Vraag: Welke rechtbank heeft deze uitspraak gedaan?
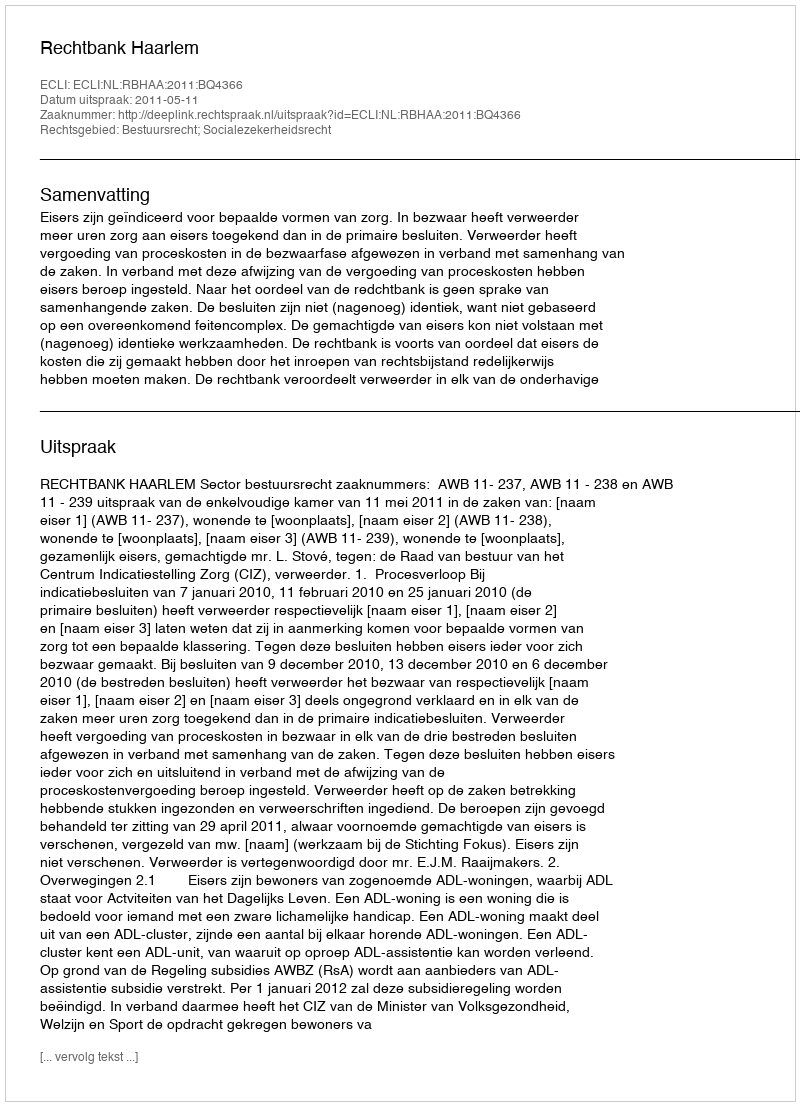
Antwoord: Rechtbank Haarlem